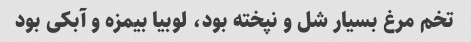
تخم مرغ بسیار شل و نپخته بود، لوبیا بیمزه و آبکی بود